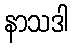
နာသဒါ